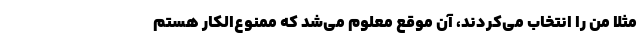
مثلا من را انتخاب می‌کردند، آن موقع معلوم می‌شد که ممنوع‌الکار هستم